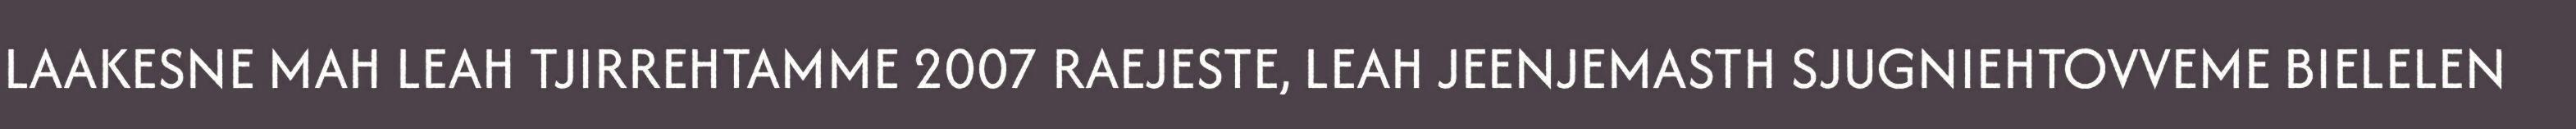
LAAKESNE MAH LEAH TJIRREHTAMME 2007 RAEJESTE, LEAH JEENJEMASTH SJUGNIEHTOVVEME BIELELEN